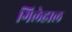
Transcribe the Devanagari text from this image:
गिलेहाल